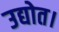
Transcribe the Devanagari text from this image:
उद्योत।